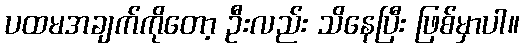
ပထမအချက်ကိုတော့ ဦးလည်း သိနေပြီး ဖြစ်မှာပါ။